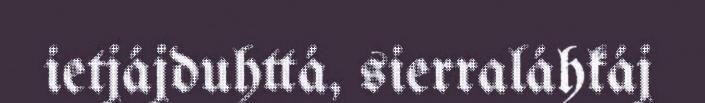
ietjájduhttá, sierraláhkáj